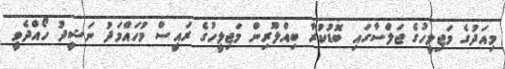
މިއަދުގެ މަޖިލީހުގެ ޖަލްސާގައި ބޮޑުކުރާ ބިއްލޫރިން މަޖިލީހުގެ ރައީސް މުހައްމަދު ނަޝީދު ހޯއްދެވީ